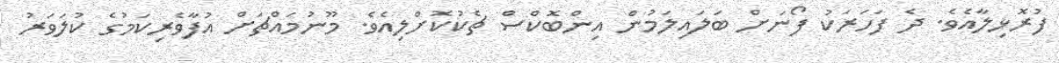
ފުރޮޅިލާއެވެ. ދެ ފަހަރަކު ފޯނަށް ބަލައިލަމުން އިންބޮކްސް ޗެކުކޮށްލިއެވެ. މޫނުމައްޗަށް އުފާވެރިކަމުގެ ކުލަވަރު